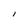
Character: I